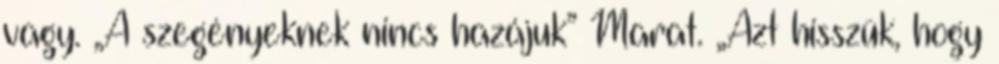
vagy. „A szegényeknek nincs hazájuk” Marat. „Azt hisszük, hogy